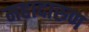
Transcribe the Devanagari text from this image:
महादारुण